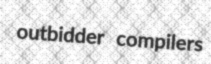
outbidder compilers